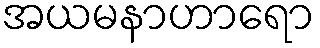
အယမနာဟာရော